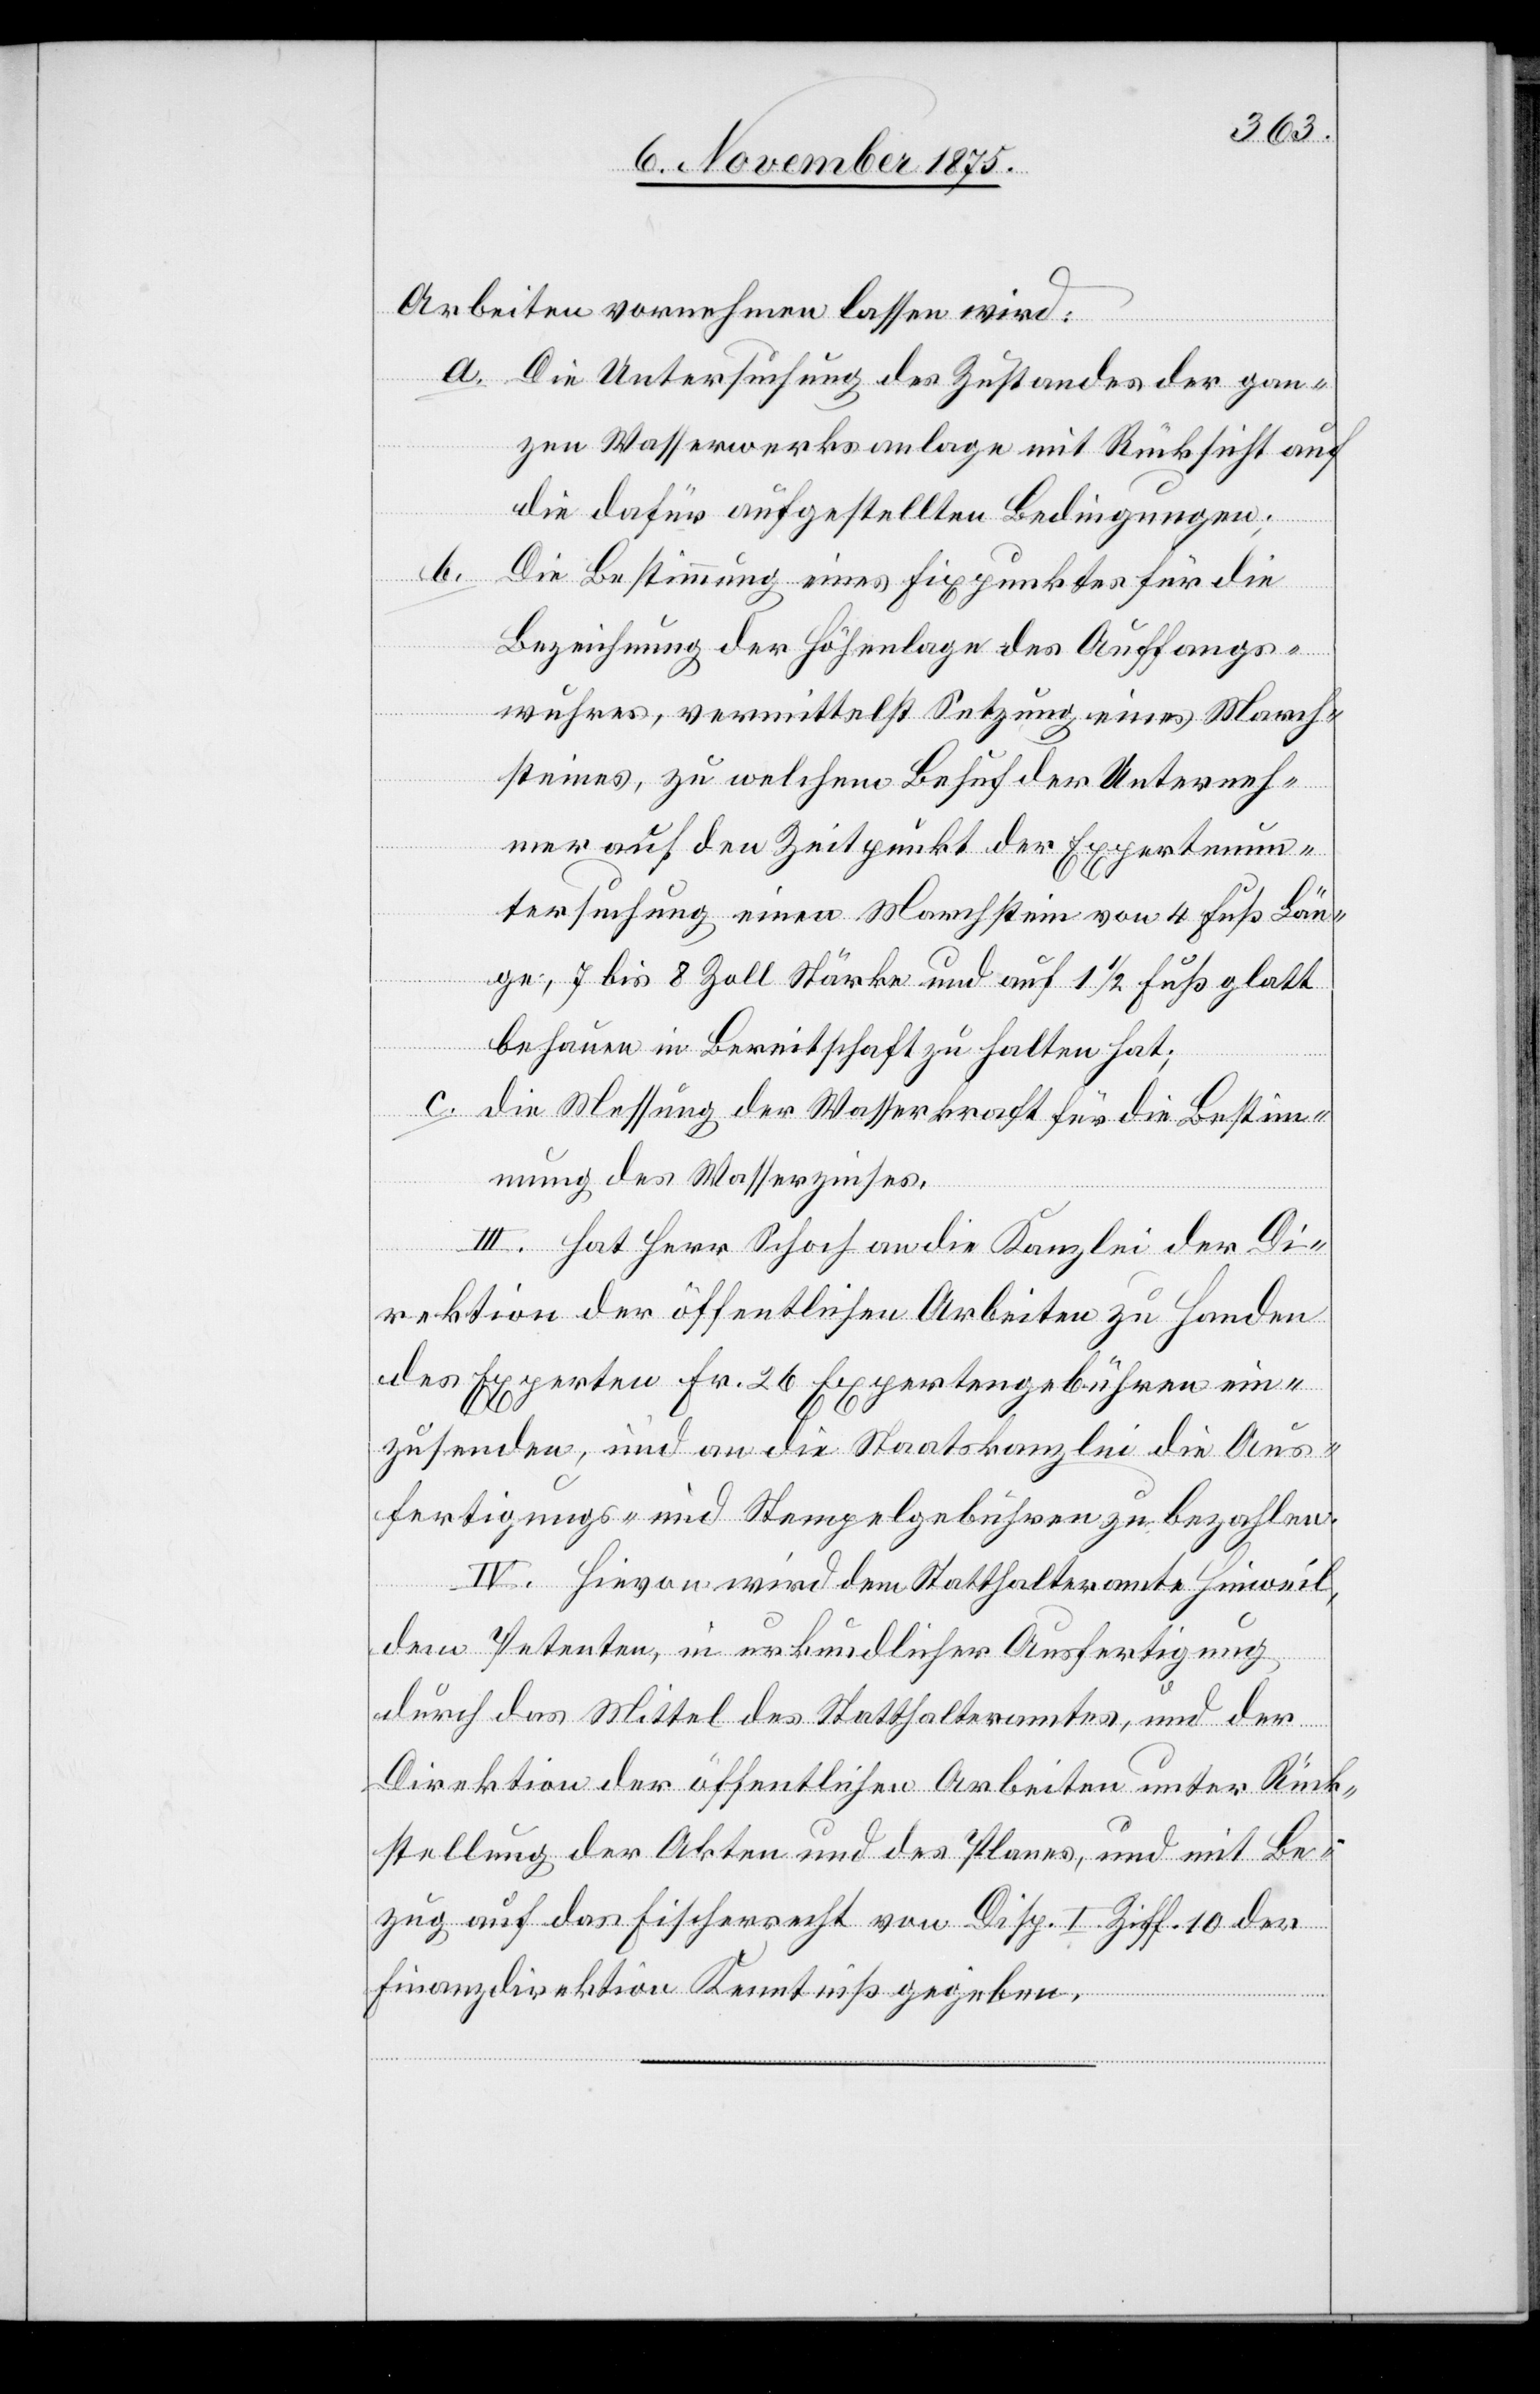
Arbeiten vornehmen lassen wird:
a. die Untersuchung des Zustandes der gan¬
zen Wasserwerksanlage mit Rücksicht auf
die dafür aufgestellten Bedingungen;
b.
Die Bestimmung eines Fixpunktes für die
Bezeichnung der Höhenlage des Auffangs¬
wuhres, vermittelst Setzung eines March¬
steines, zu welchem Behuf der Unterneh¬
mer auf den Zeitpunkt der Expertenun¬
tersuchung einen Marchstein von 4 Fuß Län¬
ge, 7 bis 8 Zoll Stärke und auf 1 1/2 Fuß glatt
behauen in Bereitschaft zu halten hat;
c. die Messung der Wasserkraft für die Bestim¬
mung des Wasserzinses.
III. Hat Herr Schoch an die Kanzlei der Di¬
rektion der öffentlichen Arbeiten zu Handen
des Experten Fr. 26 Expertengebühren ein¬
zusenden, und an die Staatskanzlei die Aus¬
fertigungs- und Stempelgebühren zu bezahlen.
IV. Hievon wird dem Statthalteramte Hinweil,
dem Petenten, in urkundlicher Ausfertigung
durch das Mittel des Statthalteramtes, und der
Direktion der öffentlichen Arbeiten unter Rück¬
stellung der Akten und des Planes, und mit Be¬
zug auf das Fischerrecht von Disp. I Ziff. 10 der
Finanzdirektion Kenntniß gegeben.